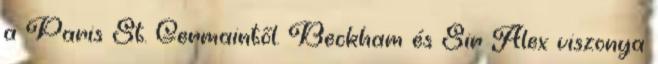
a Paris St. Germaintől. Beckham és Sir Alex viszonya